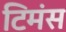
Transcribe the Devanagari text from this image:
टिमंस